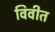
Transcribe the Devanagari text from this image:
विवीत